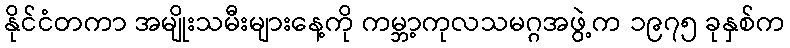
နိုင်ငံတကာ အမျိုးသမီးများနေ့ကို ကမ္ဘာ့ကုလသမဂ္ဂအဖွဲ့က ၁၉၇၅ ခုနှစ်က